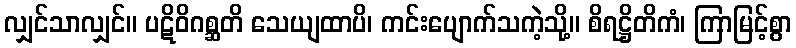
လျှင်သာလျှင်။ ပဋိဝိဂစ္ဆတိ သေယျထာပိ၊ ကင်းပျောက်သကဲ့သို့။ စိရဋ္ဌိတိကံ၊ ကြာမြင့်စွာ